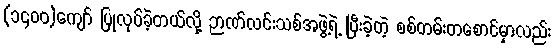
(၁၄၀၀)ကျော် ပြုလုပ်ခဲ့တယ်လို့ ဉာဏ်လင်းသစ်အဖွဲ့ရဲ့ ပြီးခဲ့တဲ့ စစ်တမ်းတစောင်မှာလည်း